Civil Veterinary Department Bihar & Orissa reports 1911-21 - 1911-1921
Year: 1911
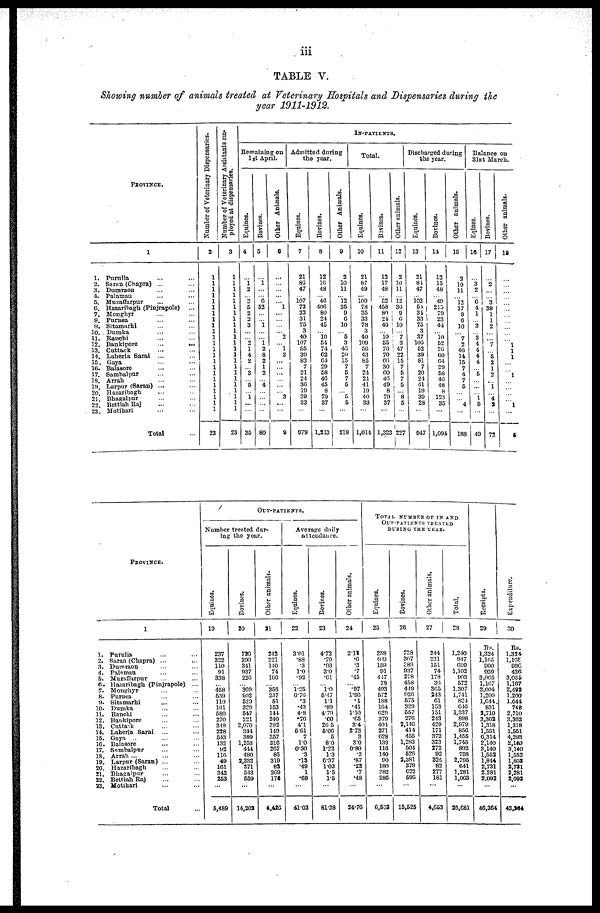
iii
TABLE V.
Showing number of animals treated at Veterinary Hospitals and Dispensaries during the
year 1911-1912.
PROVINCE.
1
1. Purulia ... ...
2. Saran (Chupra) ... ...
3. Dumraou ... ...
4. Palamau ... ...
5. Muzaffarpur ... ...
6.
Hazaribagh (Pinjrnpole)
...
7. Monghyr ... ...
8. Purnea ... ...
9. Sitamarhi ... ...
10. Dumka ... ...
11. Ranchi ... ...
12.
Bankipore... ...
13. Cutthck ... ...
14. Laheria
Sarai
... ...
15. Gaya ... ... ...
16. Balasore ... ...
17. Sambalpur ... ...
18 .Arrah ... ...
19.
Larpur (Saran) ... ...
20.Hazaribagh ... ...
21.Bhagalpur ... ...
22.Bettiah Raj ... ...
23.Motihari ... ...
Total ...
Number
of Veterinary Dispensaries.
2
1
1
1
1
1
1
1
1
1
1
1
1
1
1
1
1
1
1 1
1
1 1
1
23
Number of Veterinary Assitants em-
ployed at dispensaries.
3
1
1
1
1
1
1
1
1
1
1
1
1
1
1
1
1
1
1 1
1
1 1
1
23
IN-PATIENTS .
Remaining on
1st April.
Equines.
4
...
i
2
2
5 2
2
3
...
...
2
1
4
2
...
3
... 5
...
1
...
...
35
Bovines.
5
1
...
... 9
52
...
... 1
...
...
1
2 8
2
1
...
... 4
...
... ...
...
80
Other Animals.
6
...
...
...
...
... 1
...
...
...
... 2
...
1
2
...
...
...
... ... ...
3
...
...
9
Admitted during
the year.
Equines.
7
21
80
47
107
73
33
31 75
3
40
107
65 39
83
7
21
... 36
10
39
33
...
079
Bovines.
8
12
16
48
... 46
406
80
21
45
... 10
51
71
62
61
29 08
46
45
8
79
37
...
1,213
Other Animals.
9
2
10
11
... 12
35
9
6
10
... 5
3
40
20 15
7
5
... 5
...
5 5
...
1 218
Total.
Equines.
10
21
87 49
... 100
78
35
33
78
3
40
l09
56 43
65
7
24
21 41
1!)
40
33
...
1,011
Bovines.
11
13
17
43
... C2
458
80
21
40
... 10
55
70
70
66
30
60 46
49
8
70
37
...
1.323
Other animals.
12
2
10
11
... 12
30
9
6
10
... 7
3
47
... 15
7 5
7
5
...
8
5
...
227
Discharged during
the year.
Equines.
13
21
81
47
... 103
61 31
33
75
3
37
100
52 39
81 7
20
24
41
10
39
28
...
947
Bovines.
14
12 15
48
... 40
| 215
79
23
44
...
10 52
76
60
64
I
29
58
46
48 8
123
35
...
1,091
Other animals.
15
2
10
11
... 12
17
9
0
10
... 7
2
46
11
15
... 4
... 5
...
...
4
...
188
Balance on
31st March.
Equines.
16
...
3 2
...
6
4 1
3
3
4
4
4
4
...
5
... ...
...
1 5
...
49
Bovines.
17
...
2
...
... 3
39
1
1
...
...
... 7
...
5
2
...
...
... 1
...
4
2
...
72
Other animals.
18
...
...
...
...
... ...
...
...
...
...
... 1
1
1
...
...
1
... ...
...
.... 1
...
5
PROVINCE.
1.
2,
3.
4.
5.
6.
7. 8.
9.
10.
11.
12.
13.
14.
16.
10.
17.
18.
19.
20.
21.
22.
33.
1
Purulia ... ...
Saran (Chapra) ... ...
Dumraon ... ...
Palamau ... ...
Muzaffarpur ...
Hazaribagh (Pinjrapole)
...
Monghyr ... ...
Purnea ... ...
Sitamarhi ... ...
Dumka ... ...
Ranchi ... ...
Bankipore ... ...
Cuttak ... ...
Laheria Sarai ... ...
Gaya ... ...
Balasore ... ...
Sambalpur ... ...
Arrah ... ... ...
Larpur (Saran) ... ...
Hazaribagh ... ...
Bhasalpur ... ...
Bettiah Raj ... ...
Motihari ... ...
Total ...
OUT-PATlENTS.
Number treated dur-
ing the year.
Equines.
19
237
322
110
91
338
458
639
110
101
589 270
31S
2S8
543
132
92
116 49
101
342
253
...
6,489
Bovines.
20
726
200
341
937 220
369
902
529 329
547
i21
2,070
344
389
1,253
414
460
2,332
871
543
559
...
14,202
Other animals.
21
212
221
140
71
166
... 350
237
51
153
144
240
?P2
149
357 316
207
85
310
83
2G9
176
...
4,420
Average daily
attendance.
Equines.
22
3.01
88 .3
10
.92
1.25
6.76 .3
.43
4.8
.70
4.1
6.61
7
10
030
.3
.13
.49
1
.69
...
4103
Bovines.
23
4.72
.79
.93
30
.61
10
5.47
11
.89
470
60
20 5
600
5
80
1.22
1.3
6.37
103
1.5
1.5
...
81.38
Other animals.
24
2.12
.6 .3
.7
.15
.97
1.96
.1
.41
110
.05
34
2.73
3
3.0 0-80
. 2 .87
.22
.7
.48
...
24.76
TOTAL NUMBER or IN AND
OUT-PATIENTS TREATED
DURING THE YEAR.
Equines.
25
258
409
159
91
417
78
493
572
1S8
164
r.29
379
401
271
028
139
116 140
90
180
282 280
...
6,502
Bovines.
26
728 367
389 937
278
458
419
926 575
329
557 270
2,146
411 455
1,283
501
526 2,381
379
C22
596
...
15,625
Other animals.
27
214
231
151
74
178
365 305
213
61 153
151
213
420
171
372
323
272
02
324
82
277
181
...
4,653
Total.
28
1,240
917
699
1,102
903
572
1.307
1,711
821 010
1,337
898
2,979
850
1,455
1,745
802
758
2,705
641
1,281
1,063
...
23,681
Receipts.
29
Rs.
1,324
1,165
990
039
3,065 1,167
3,004
1,200
1,641
831
2,710
3,362
1,318
1,551
6,314
2,140
3,140
1,552
1,814
2,731
2.291
2.092
...
40,364
Expenditure.
30
Rs.
1.324
1,105
896 430
3,005
1,107
2,492
1.200
1,644
748
2,710
3,362
1,318
1.561
4,283
2,140
3.140
1,552
1,808
2,731
2,281
2.092
...
43,226